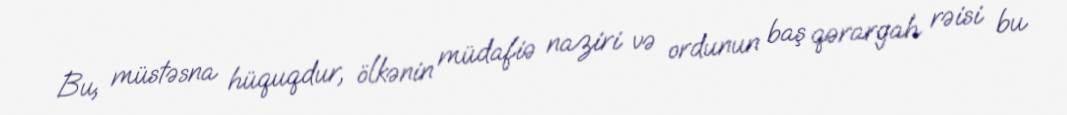
Bu, müstəsna hüquqdur, ölkənin müdafiə naziri və ordunun baş qərargah rəisi bu